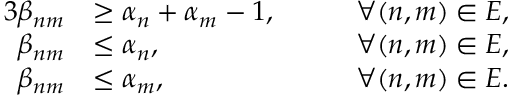
\begin{array} { r l r l } { { 3 } \beta _ { n m } } & { \ge \alpha _ { n } + \alpha _ { m } - 1 , } & & { \quad \forall ( n , m ) \in E , } \\ { \beta _ { n m } } & { \le \alpha _ { n } , } & & { \quad \forall ( n , m ) \in E , } \\ { \beta _ { n m } } & { \le \alpha _ { m } , } & & { \quad \forall ( n , m ) \in E . } \end{array}